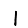
Digit: 1